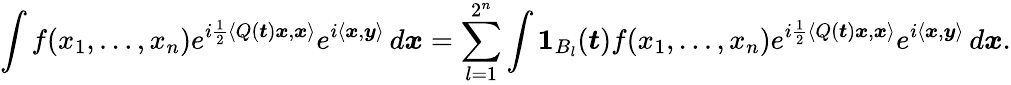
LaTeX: \int f(x_{1},\dots,x_{n})e^{i\frac{1}{2}\langle Q(\boldsymbol{t})\boldsymbol{x},\boldsymbol{x}\rangle}e^{i\langle\boldsymbol{x},\boldsymbol{y}\rangle}\, d\boldsymbol{x}=\sum_{l=1}^{2^{n}}\int\boldsymbol{1}_{B_{l}}(\boldsymbol{t})f(x_{1},\dots,x_{n})e^{i\frac{1}{2}\langle Q(\boldsymbol{t})\boldsymbol{x},\boldsymbol{x}\rangle}e^{i\langle\boldsymbol{x},\boldsymbol{y}\rangle}\, d\boldsymbol{x}.